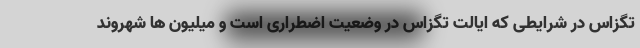
تگزاس در شرایطی که ایالت تگزاس در وضعیت اضطراری است و میلیون ها شهروند